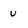
Character: u